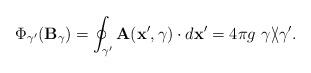
LaTeX: \begin{align*}\Phi_{\gamma^\prime}({\bf B}_{\gamma})=\oint_{\gamma^\prime}{\bf A}({\bf x}^\prime,\gamma)\cdot d{\bf x}^\prime=4\pi g \,\, \gamma\backslash\!\!\!\slash \gamma^\prime.\end{align*}